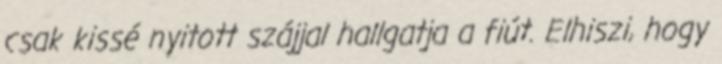
csak kissé nyitott szájjal hallgatja a fiút. Elhiszi, hogy